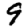
Digit: 9